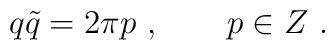
q\tilde q = 2\pi p\ , \qquad p\in Z \ .